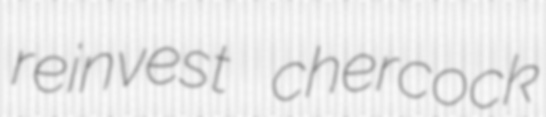
reinvest chercock